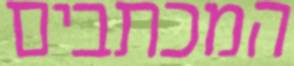
המכתבים